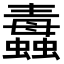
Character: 𧔄